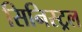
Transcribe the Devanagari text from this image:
सिनिस्ट्रल